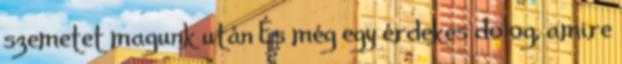
szemetet magunk után És még egy érdekes dolog, amire